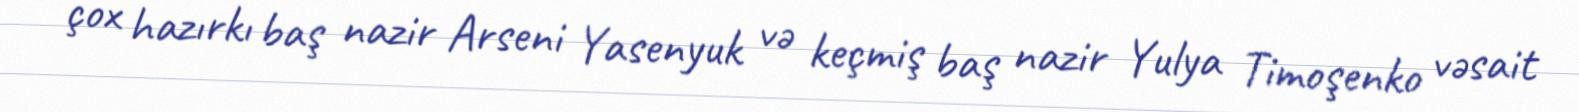
çox hazırkı baş nazir Arseni Yasenyuk və keçmiş baş nazir Yulya Timoşenko vəsait